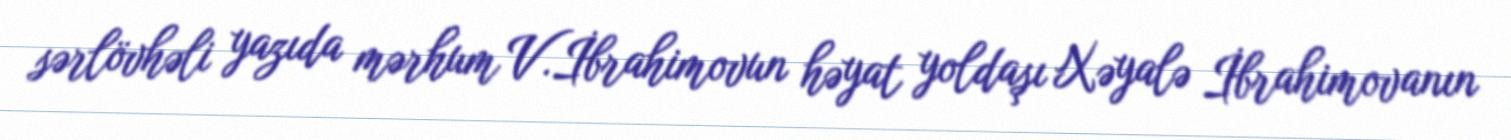
sərlövhəli yazıda mərhum V.İbrahimovun həyat yoldaşı Xəyalə İbrahimovanın